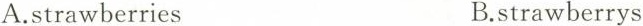
A.strawberries B.strawberrys